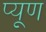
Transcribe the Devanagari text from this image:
प्यूण